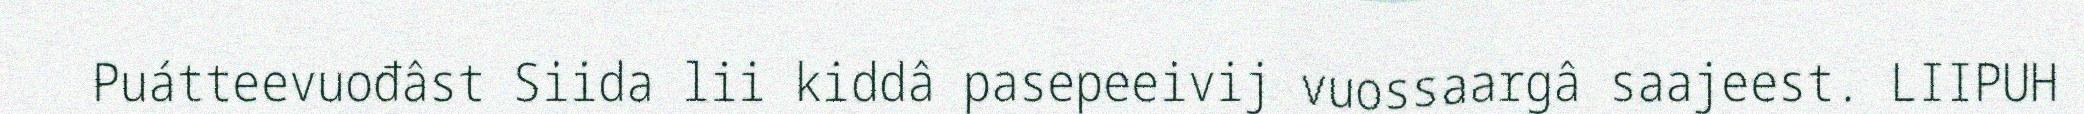
Puátteevuođâst Siida lii kiddâ pasepeeivij vuossaargâ saajeest. LIIPUH